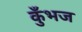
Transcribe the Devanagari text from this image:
कुँभज